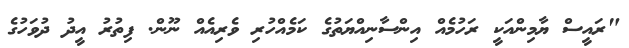
"ރައީސް ޔާމިންއަކީ ރަހުމެއް އިންސާނިއްޔަތުގެ ކަމެއްހުރި ވެރިއެއް ނޫން. ފިތުރު އީދު ދުވަހުގެ